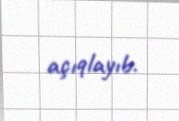
açıqlayıb.